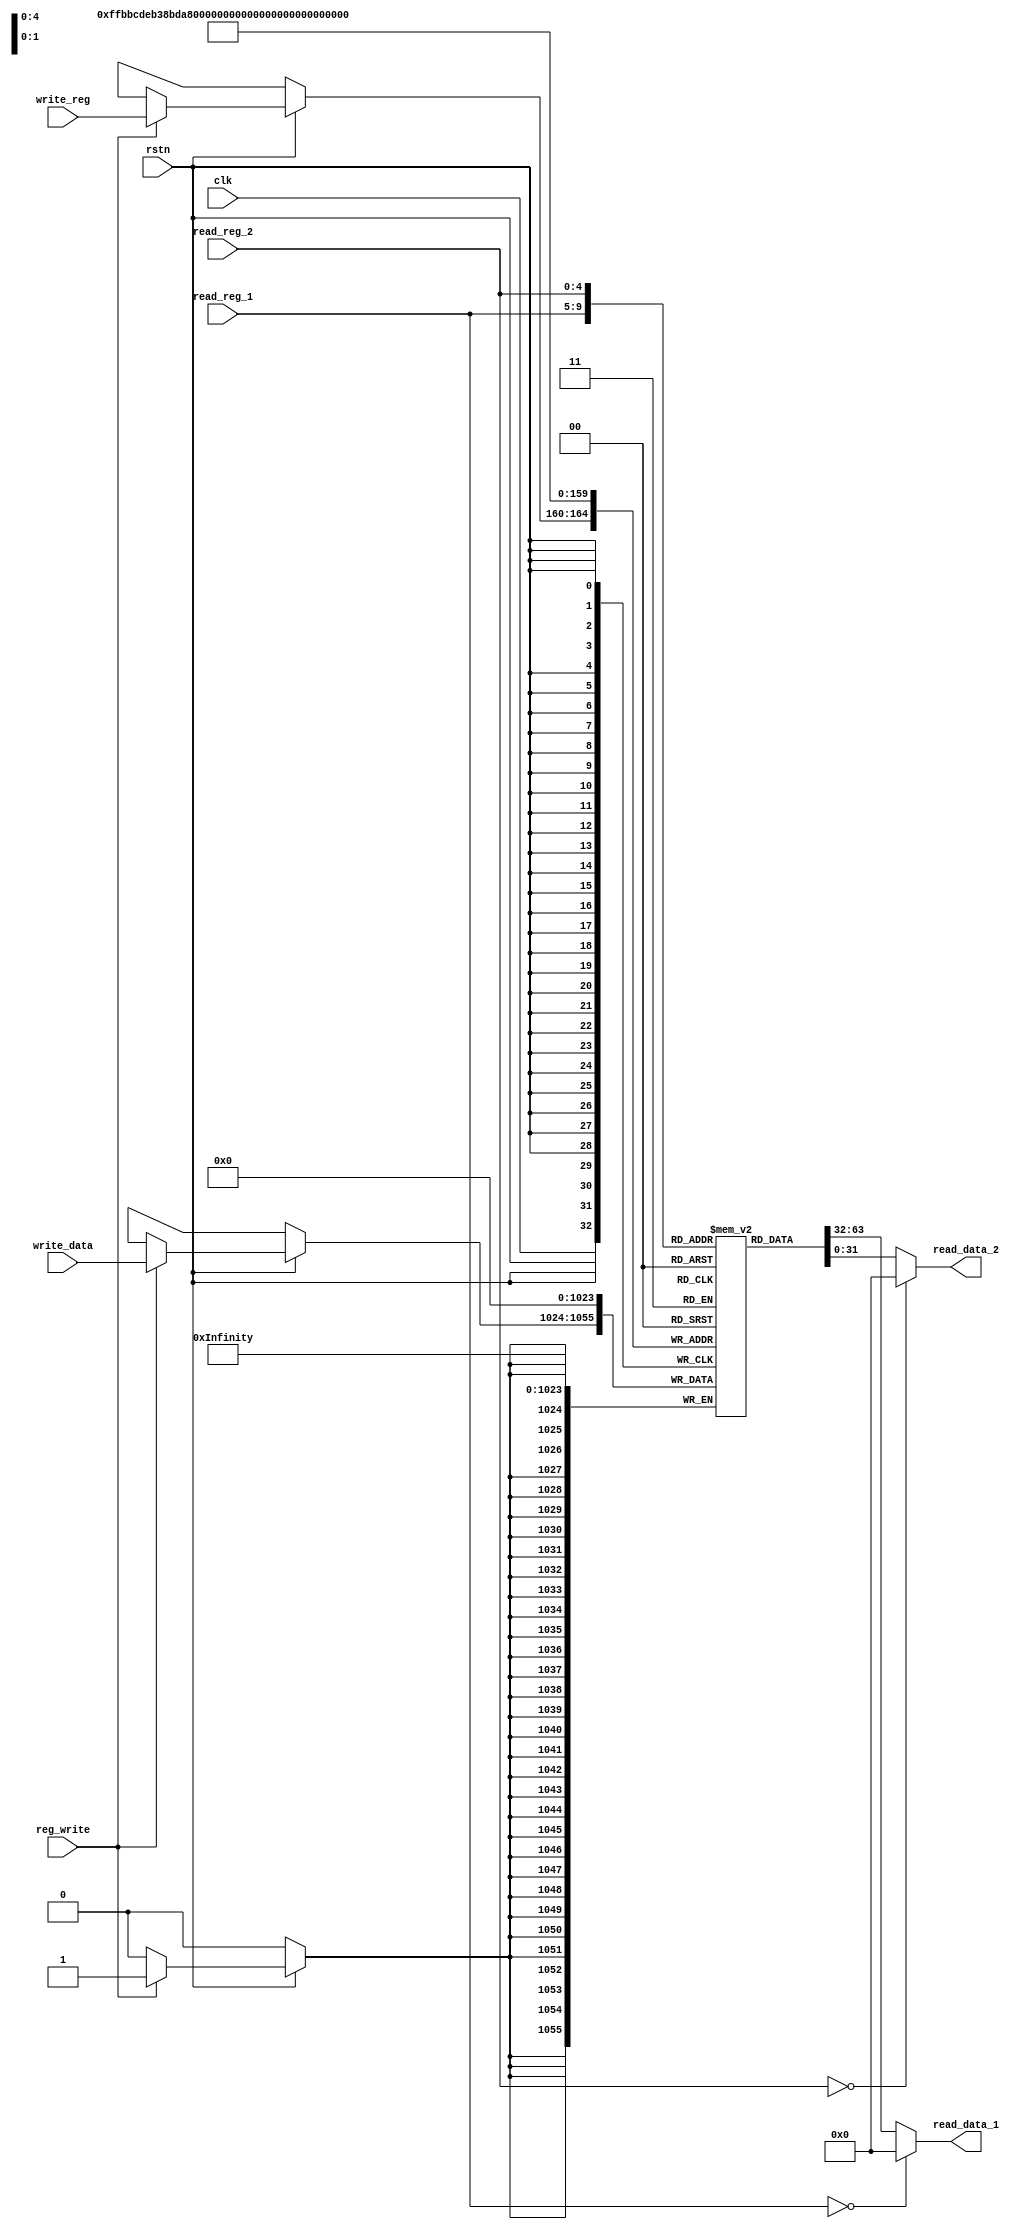
`timescale 1ns / 1ps

module reg_file (
    input         clk,          // clock
    input         rstn,         // negative reset
    input  [ 4:0] read_reg_1,   // Read Register 1 (address)
    input  [ 4:0] read_reg_2,   // Read Register 2 (address)
    input         reg_write,    // RegWrite: write data when posedge clk
    input  [ 4:0] write_reg,    // Write Register (address)
    input  [31:0] write_data,   // Write Data
    output [31:0] read_data_1,  // Read Data 1
    output [31:0] read_data_2   // Read Data 2
);

    reg [31:0] registers[0:31];  // do not change its name

    assign read_data_1 = (read_reg_1 == 5'b0) ? 0 : registers[read_reg_1];
    assign read_data_2 = (read_reg_2 == 5'b0) ? 0 : registers[read_reg_2];

    always @(posedge clk)
        if (rstn) begin  // make sure to check reset!
            if (reg_write) begin
                registers[write_reg] <= write_data;
            end
        end

    integer i;
    always @(negedge rstn) begin
        if (~rstn) begin
            for (i = 0; i < 32; i = i + 1) begin
                registers[i] <= 32'b0; 
            end
        end
    end

endmodule